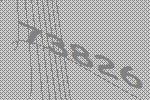
73826